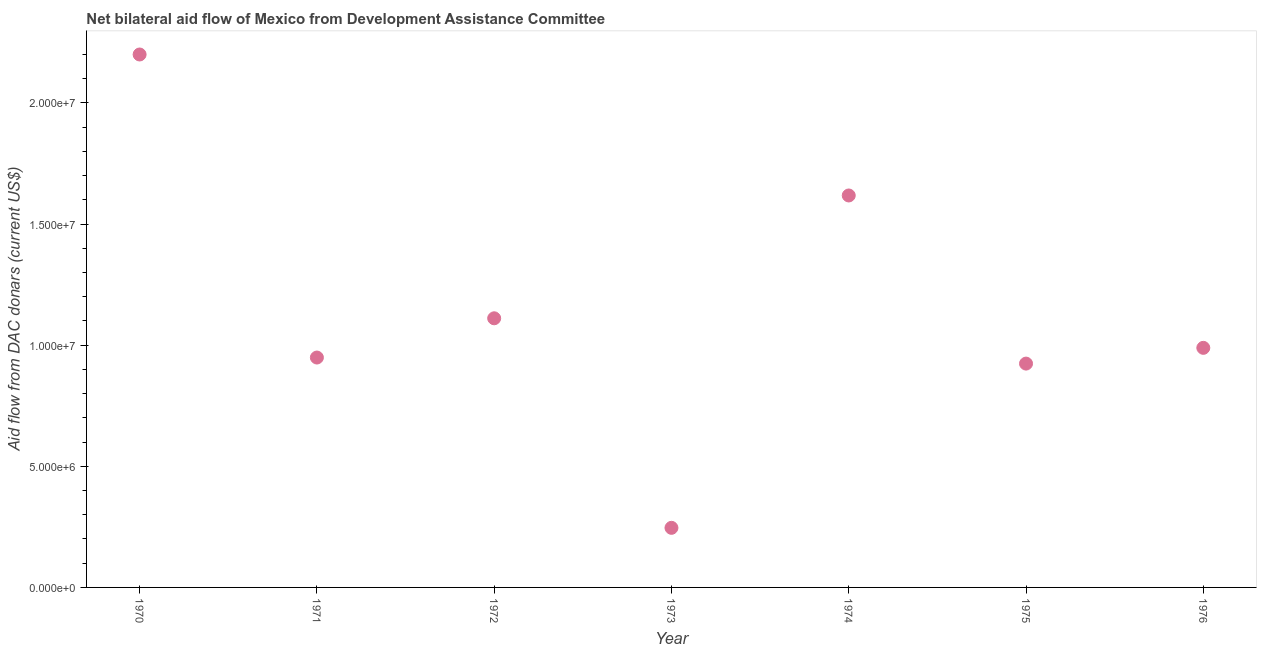
| Year | Net bilateral aid flows from DAC donors |
 | --- | --- |
 | 1970 | 2.2e+07 |
 | 1971 | 9.49e+06 |
 | 1972 | 1.11e+07 |
 | 1973 | 2.46e+06 |
 | 1974 | 1.62e+07 |
 | 1975 | 9.24e+06 |
 | 1976 | 9.89e+06 |